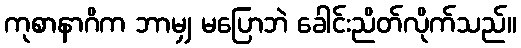
ကုစာနာဂိက ဘာမျှ မပြောဘဲ ခေါင်းညိတ်လိုက်သည်။